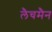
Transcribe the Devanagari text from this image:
लैचमैन